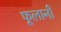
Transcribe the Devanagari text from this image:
फूलानी